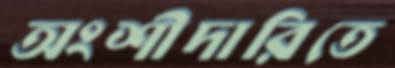
অংশীদারিতে